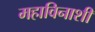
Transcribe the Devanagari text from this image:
महाविनाशी